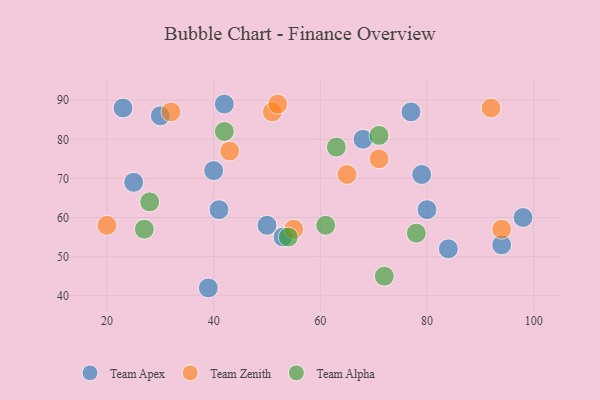
{"axis": {"x": "GDP", "y": "Life Expectancy"}, "legend": ["Team Alpha", "Team Apex", "Team Zenith"], "data": [{"x": "77", "y": 87, "type": "Team Apex"}, {"x": "94", "y": 53, "type": "Team Apex"}, {"x": "98", "y": 60, "type": "Team Apex"}, {"x": "41", "y": 62, "type": "Team Apex"}, {"x": "42", "y": 89, "type": "Team Apex"}, {"x": "39", "y": 42, "type": "Team Apex"}, {"x": "25", "y": 69, "type": "Team Apex"}, {"x": "80", "y": 62, "type": "Team Apex"}, {"x": "30", "y": 86, "type": "Team Apex"}, {"x": "79", "y": 71, "type": "Team Apex"}, {"x": "50", "y": 58, "type": "Team Apex"}, {"x": "40", "y": 72, "type": "Team Apex"}, {"x": "68", "y": 80, "type": "Team Apex"}, {"x": "84", "y": 52, "type": "Team Apex"}, {"x": "23", "y": 88, "type": "Team Apex"}, {"x": "53", "y": 55, "type": "Team Apex"}, {"x": "94", "y": 57, "type": "Team Zenith"}, {"x": "55", "y": 57, "type": "Team Zenith"}, {"x": "71", "y": 75, "type": "Team Zenith"}, {"x": "32", "y": 87, "type": "Team Zenith"}, {"x": "43", "y": 77, "type": "Team Zenith"}, {"x": "51", "y": 87, "type": "Team Zenith"}, {"x": "92", "y": 88, "type": "Team Zenith"}, {"x": "65", "y": 71, "type": "Team Zenith"}, {"x": "20", "y": 58, "type": "Team Zenith"}, {"x": "52", "y": 89, "type": "Team Zenith"}, {"x": "27", "y": 57, "type": "Team Alpha"}, {"x": "71", "y": 81, "type": "Team Alpha"}, {"x": "42", "y": 82, "type": "Team Alpha"}, {"x": "63", "y": 78, "type": "Team Alpha"}, {"x": "78", "y": 56, "type": "Team Alpha"}, {"x": "72", "y": 45, "type": "Team Alpha"}, {"x": "28", "y": 64, "type": "Team Alpha"}, {"x": "54", "y": 55, "type": "Team Alpha"}, {"x": "61", "y": 58, "type": "Team Alpha"}]}